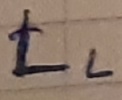
Text: LL